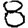
Digit: 8